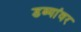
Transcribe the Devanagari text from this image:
डब्यांवर